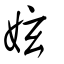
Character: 妶